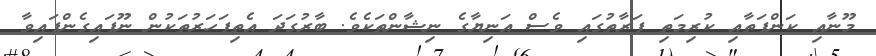
މޫނާއި ކަންފަތާއި ކުރިމަތި ފަރާތުގައި ވެސް އަނިޔާގެ ނިޝާންތަކެވެ. ބާރުގަދަ އެތިފަހަރުތަކުން ނޫފައިގެންފައިވާ